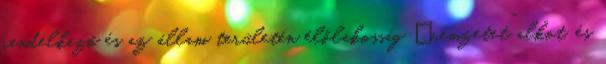
rendelkező és az állam területén élőlakosság „nemzetet” alkot, és